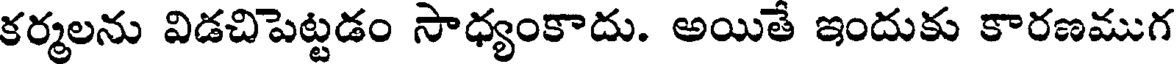
కర్మలను విడచిపెట్టడం సాధ్యంకాదు. అయితే ఇందుకు కారణముగ